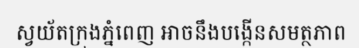
ស្វយ័តក្រុងភ្នំពេញ អាចនឹងបង្កើនសមត្ថភាព